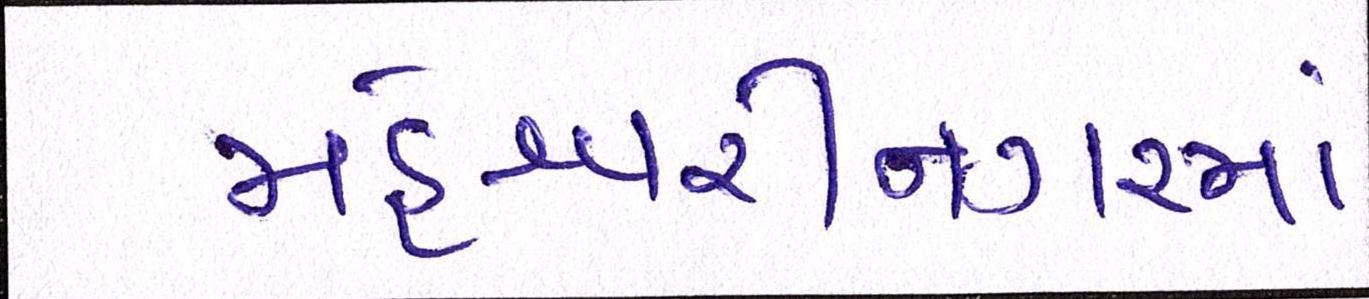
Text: મહેશ્વરીનગરમાં